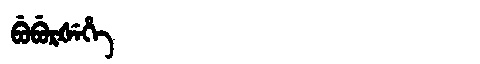
Manchu: ᠪᡠᠪᡠᡵᡧᡝᡥᡝ
Romanization: BUBURŠEHE